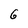
Character: G